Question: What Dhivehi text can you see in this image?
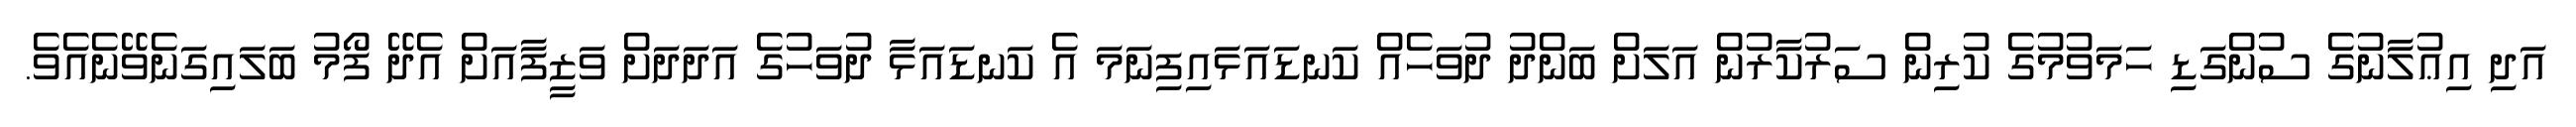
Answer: އަދި އިޢުލާނުގެ ސުންގަޑި ހަމަވުމުގެ ކުރިން ސަރުކާރުން އަލަށް ބަންދު ދުވަހެއް ކަނޑައަޅައިފިނަމަ އެ ކަނޑައަޅާ ދުވަހުގެ އަދަދަށް ވަޒީފާއަށް އެދޭ ފޯމު ބަލައިގަނެވޭނެއެވެ.